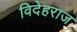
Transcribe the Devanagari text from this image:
विदेहराज